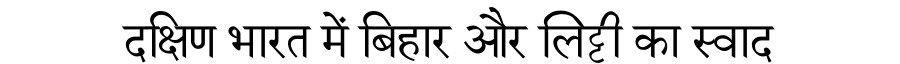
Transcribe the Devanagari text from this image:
दक्षिण भारत में बिहार और लिट्टी का स्वाद